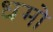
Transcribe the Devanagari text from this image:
धमो